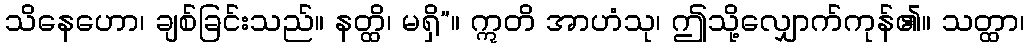
သိနေဟော၊ ချစ်ခြင်းသည်။ နတ္ထိ၊ မရှိ”။ ဣတိ အာဟံသု၊ ဤသို့လျှောက်ကုန်၏။ သတ္ထာ၊